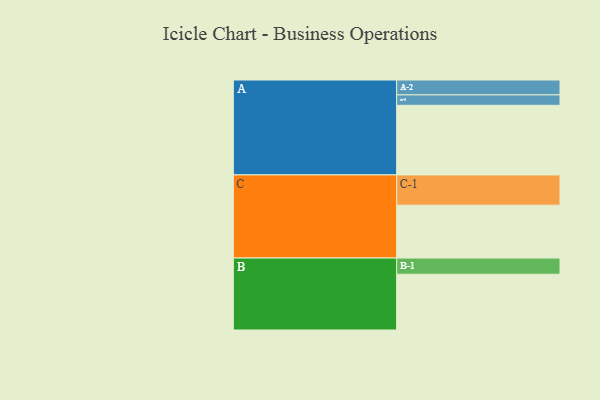
{"axis": {"x": "Segment", "y": "Value"}, "legend": ["", "A", "B", "C"], "data": [{"x": "A", "y": 594, "type": ""}, {"x": "B", "y": 476, "type": ""}, {"x": "C", "y": 451, "type": ""}, {"x": "A-1", "y": 89, "type": "A"}, {"x": "A-2", "y": 127, "type": "A"}, {"x": "B-1", "y": 138, "type": "B"}, {"x": "C-1", "y": 258, "type": "C"}]}